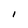
Character: I